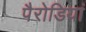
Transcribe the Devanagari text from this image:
पैरोडियां